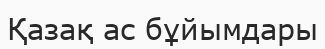
Қазақ ас бұйымдары